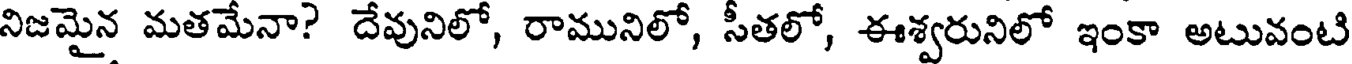
నిజమైన మతమేనా? దేవునిలో, రామునిలో, సీతలో, ఈశ్వరునిలో ఇంకా అటువంటి